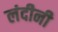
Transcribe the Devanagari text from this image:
लंदीनी